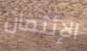
الإئتمان